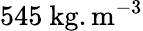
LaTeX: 545~\mathrm{kg}.\mathrm{m}^{-3}